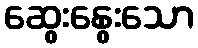
ဆွေးနွေးသော